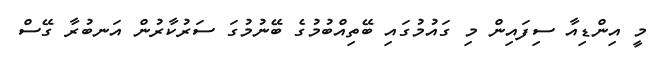
މީ އިންޑިއާ ސިފައިން މި ގައުމުގައި ބޭތިއްބުމުގެ ބޭނުމުގަ ސަރުކާރުން އަނބުރާ ގޭސް